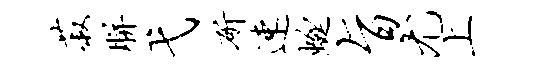
菽胼弋斫速蜓旨尤上